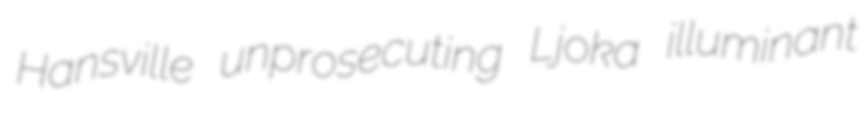
Hansville unprosecuting Ljoka illuminant